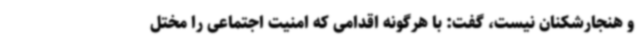
و هنجارشکنان نیست، گفت: با هرگونه اقدامی که امنیت اجتماعی را مختل